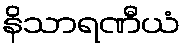
နိသာရဏီယံ